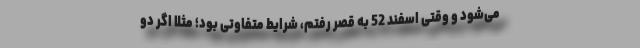
می‌شود و وقتی اسفند 52 به قصر رفتم، شرایط متفاوتی بود؛ مثلا اگر دو